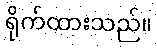
ရိုက်ထားသည်။